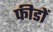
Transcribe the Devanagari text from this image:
फीडों